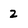
Character: 2